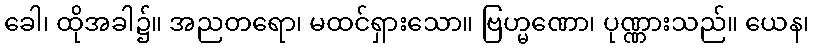
ခေါ၊ ထိုအခါ၌။ အညတရော၊ မထင်ရှားသော။ ဗြဟ္မဏော၊ ပုဏ္ဏားသည်။ ယေန၊